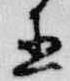
直